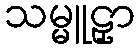
သမ္မူဠှာ